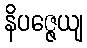
နိပဇ္ဇေယျ